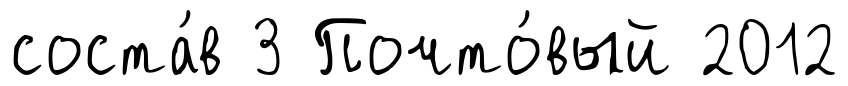
соста́в 3 Почто́вый 2012